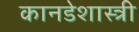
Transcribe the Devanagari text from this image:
कानडेशास्त्री